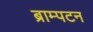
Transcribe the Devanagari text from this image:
ब्राम्पटन